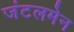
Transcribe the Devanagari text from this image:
जंटलमेन